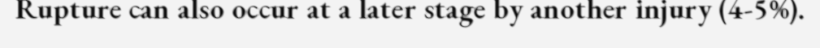
Rupture can also occur at a later stage by another injury (4-5%).